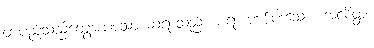
တပည့်သည်တွေ့အပ်သော ဆရာသည်။ ပရံ၊ တစ်ပါးသော။ အလိတ္တံ၊